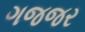
ગજજર